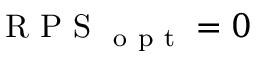
\mathrm { ~ R ~ P ~ S ~ } _ { \mathrm { ~ o ~ p ~ t ~ } } = 0